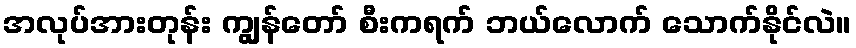
အလုပ်အားတုန်း ကျွန်တော် စီးကရက် ဘယ်လောက် သောက်နိုင်လဲ။